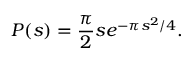
P ( s ) = { \frac { \pi } { 2 } } s e ^ { - \pi s ^ { 2 } / 4 } .